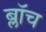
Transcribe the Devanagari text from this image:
ब्लाॅच